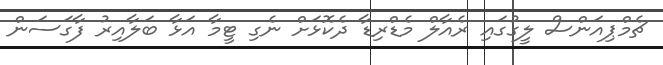
ޗެމްޕިއަންސް ލީގުގައި ރެއާލް މެޑްރިޑާ ދެކޮޅަށް ނެގި ޓީމާ އަޅާ ބަލާއިރު ފާގަސަން